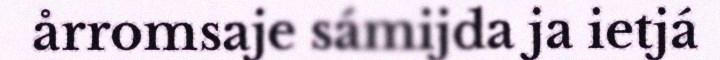
årromsaje sámijda ja ietjá